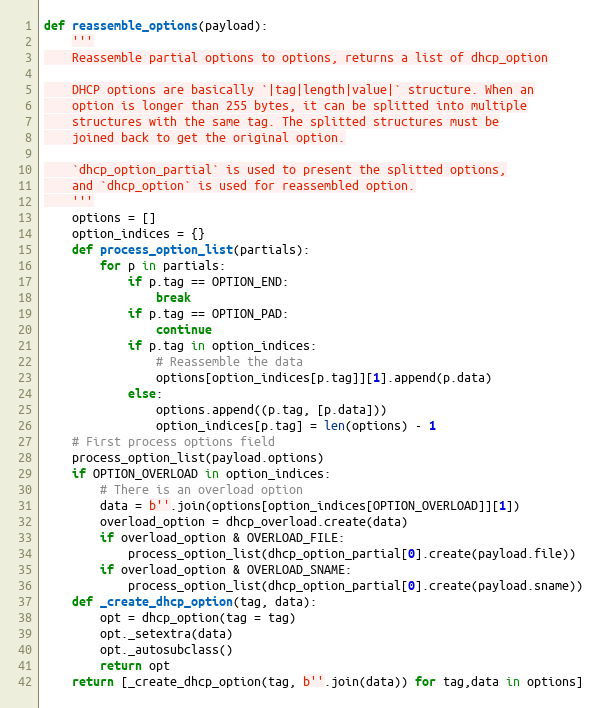
Language: Python
def reassemble_options(payload):
    '''
    Reassemble partial options to options, returns a list of dhcp_option

    DHCP options are basically `|tag|length|value|` structure. When an
    option is longer than 255 bytes, it can be splitted into multiple
    structures with the same tag. The splitted structures must be
    joined back to get the original option.

    `dhcp_option_partial` is used to present the splitted options,
    and `dhcp_option` is used for reassembled option.
    '''
    options = []
    option_indices = {}
    def process_option_list(partials):
        for p in partials:
            if p.tag == OPTION_END:
                break
            if p.tag == OPTION_PAD:
                continue
            if p.tag in option_indices:
                # Reassemble the data
                options[option_indices[p.tag]][1].append(p.data)
            else:
                options.append((p.tag, [p.data]))
                option_indices[p.tag] = len(options) - 1
    # First process options field
    process_option_list(payload.options)
    if OPTION_OVERLOAD in option_indices:
        # There is an overload option
        data = b''.join(options[option_indices[OPTION_OVERLOAD]][1])
        overload_option = dhcp_overload.create(data)
        if overload_option & OVERLOAD_FILE:
            process_option_list(dhcp_option_partial[0].create(payload.file))
        if overload_option & OVERLOAD_SNAME:
            process_option_list(dhcp_option_partial[0].create(payload.sname))
    def _create_dhcp_option(tag, data):
        opt = dhcp_option(tag = tag)
        opt._setextra(data)
        opt._autosubclass()
        return opt
    return [_create_dhcp_option(tag, b''.join(data)) for tag,data in options]